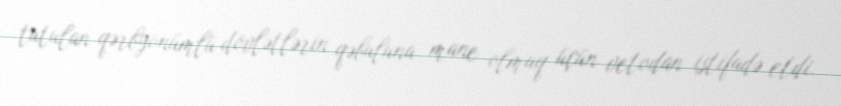
tutulan qərbyönümlü dövlətlərin qəbuluna mane olmaq üçün vetodan istifadə etdi.